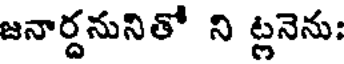
జనార్దనునితో ని ట్లనెను: